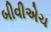
બીવીએચ